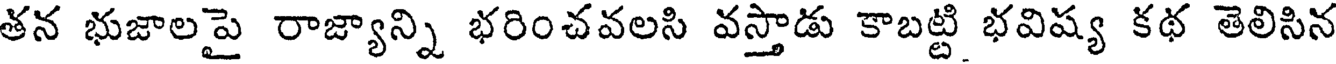
తన భుజాలపై రాజ్యాన్ని భరించవలసి వస్తాడు కాబట్టి భవిష్య కథ తెలిసిన